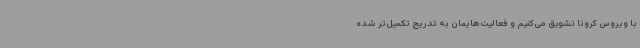
با ویروس کرونا تشویق می‌کنیم و فعالیت‌هایمان به تدریج تکمیل‌تر شده